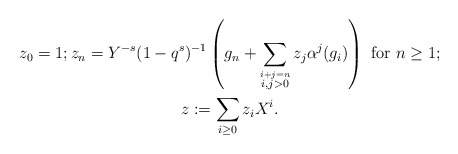
\begin{align*}\begin{gathered}z_0 = 1; z_n = Y^{-s}(1-q^s)^{-1}\left(g_n + \sum_{\stackrel{i + j = n}{i,j>0}}z_j\alpha^j(g_i)\right) \textrm{ for } n\geq 1; \\z: = \sum_{i \geq 0}z_i X^i. \end{gathered}\end{align*}